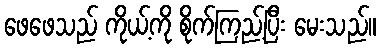
ဖေဖေသည် ကိုယ့်ကို စိုက်ကြည့်ပြီး မေးသည်။